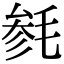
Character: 毵